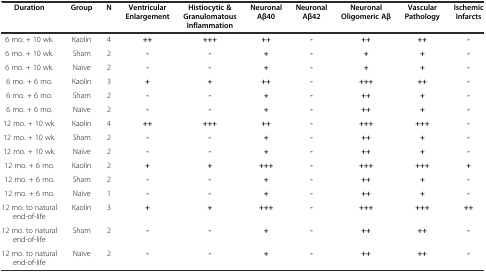
<table><thead><tr><td><b>Duration</b></td><td><b>Group</b></td><td><b>N</b></td><td><b>Ventricular Enlargement</b></td><td><b>Histiocytic &amp; Granulomatous Inflammation</b></td><td><b>Neuronal Aβ40</b></td><td><b>Neuronal Aβ42</b></td><td><b>Neuronal Oligomeric Aβ</b></td><td><b>Vascular Pathology</b></td><td><b>Ischemic Infarcts</b></td></tr></thead><tbody><tr><td>6 mo. + 10 wk.</td><td>Kaolin</td><td>4</td><td><b>++</b></td><td><b>+++</b></td><td><b>++</b></td><td><b>-</b></td><td><b>++</b></td><td><b>++</b></td><td><b>-</b></td></tr><tr><td>6 mo. + 10 wk.</td><td>Sham</td><td>2</td><td><b>-</b></td><td><b>-</b></td><td><b>+</b></td><td><b>-</b></td><td><b>+</b></td><td><b>+</b></td><td><b>-</b></td></tr><tr><td>6 mo. + 10 wk.</td><td>Naïve</td><td>2</td><td><b>-</b></td><td><b>-</b></td><td><b>+</b></td><td><b>-</b></td><td><b>+</b></td><td><b>+</b></td><td><b>-</b></td></tr><tr><td>6 mo. + 6 mo.</td><td>Kaolin</td><td>3</td><td><b>+</b></td><td><b>+</b></td><td><b>++</b></td><td><b>-</b></td><td><b>+++</b></td><td><b>++</b></td><td><b>-</b></td></tr><tr><td>6 mo. + 6 mo.</td><td>Sham</td><td>2</td><td><b>-</b></td><td><b>-</b></td><td><b>+</b></td><td><b>-</b></td><td><b>++</b></td><td><b>+</b></td><td><b>-</b></td></tr><tr><td>6 mo. + 6 mo.</td><td>Naïve</td><td>2</td><td><b>-</b></td><td><b>-</b></td><td><b>+</b></td><td><b>-</b></td><td><b>++</b></td><td><b>+</b></td><td><b>-</b></td></tr><tr><td>12 mo. + 10 wk.</td><td>Kaolin</td><td>4</td><td><b>++</b></td><td><b>+++</b></td><td><b>++</b></td><td><b>-</b></td><td><b>+++</b></td><td><b>+++</b></td><td><b>-</b></td></tr><tr><td>12 mo. + 10 wk.</td><td>Sham</td><td>2</td><td><b>-</b></td><td><b>-</b></td><td><b>+</b></td><td><b>-</b></td><td><b>++</b></td><td><b>+</b></td><td><b>-</b></td></tr><tr><td>12 mo. + 10 wk.</td><td>Naïve</td><td>2</td><td><b>-</b></td><td><b>-</b></td><td><b>+</b></td><td><b>-</b></td><td><b>++</b></td><td><b>+</b></td><td><b>-</b></td></tr><tr><td>12 mo. + 6 mo.</td><td>Kaolin</td><td>2</td><td><b>+</b></td><td><b>+</b></td><td><b>+++</b></td><td><b>-</b></td><td><b>+++</b></td><td><b>+++</b></td><td><b>+</b></td></tr><tr><td>12 mo. + 6 mo.</td><td>Sham</td><td>2</td><td><b>-</b></td><td><b>-</b></td><td><b>+</b></td><td><b>-</b></td><td><b>++</b></td><td><b>+</b></td><td><b>-</b></td></tr><tr><td>12 mo. + 6 mo.</td><td>Naïve</td><td>1</td><td><b>-</b></td><td><b>-</b></td><td><b>+</b></td><td><b>-</b></td><td><b>++</b></td><td><b>+</b></td><td><b>-</b></td></tr><tr><td>12 mo. to natural end-of-life</td><td>Kaolin</td><td>3</td><td><b>+</b></td><td><b>+</b></td><td><b>+++</b></td><td><b>-</b></td><td><b>+++</b></td><td><b>+++</b></td><td><b>++</b></td></tr><tr><td>12 mo. to natural end-of-life</td><td>Sham</td><td>2</td><td><b>-</b></td><td><b>-</b></td><td><b>+</b></td><td><b>-</b></td><td><b>++</b></td><td><b>++</b></td><td><b>-</b></td></tr><tr><td>12 mo. to natural end-of-life</td><td>Naïve</td><td>2</td><td><b>-</b></td><td><b>-</b></td><td><b>+</b></td><td><b>-</b></td><td><b>++</b></td><td><b>++</b></td><td><b>-</b></td></tr></tbody></table>